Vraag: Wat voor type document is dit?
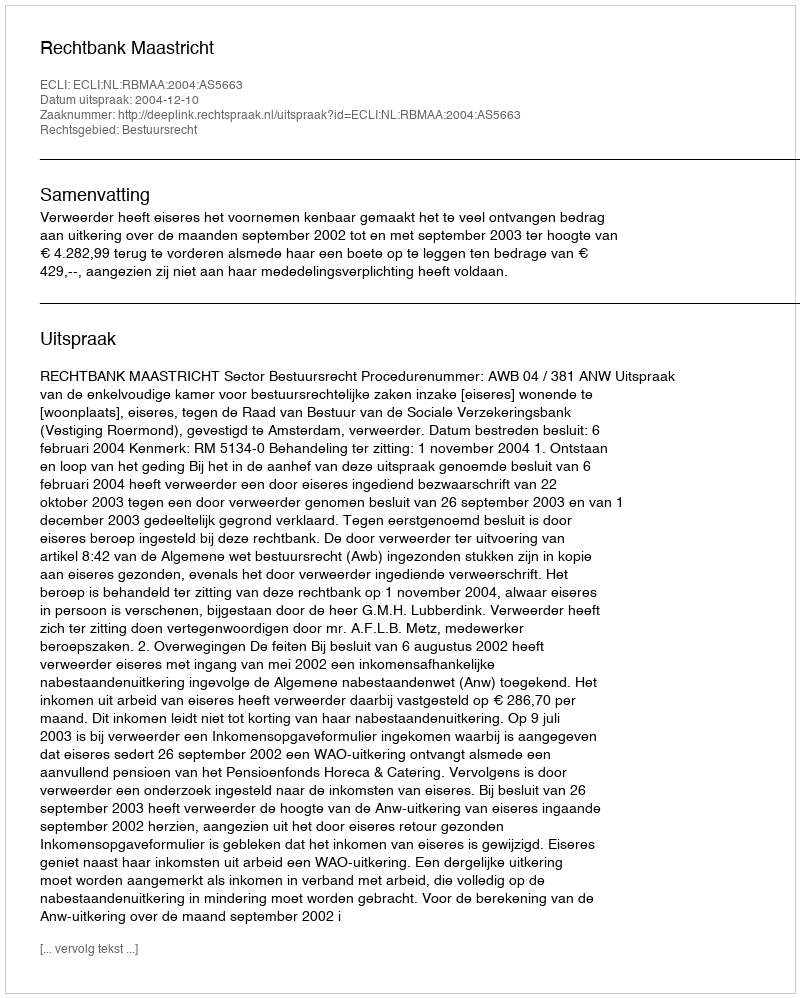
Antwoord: Uitspraak